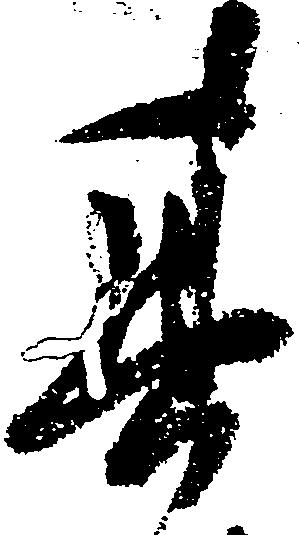
其